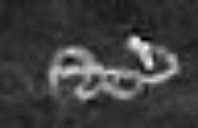
etc